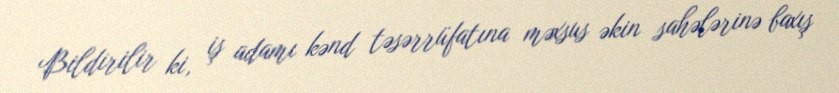
Bildirilir ki, iş adamı kənd təsərrüfatına məxsus əkin sahələrinə baxış